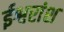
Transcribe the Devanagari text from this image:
ईश्वरांश